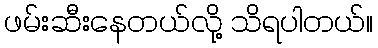
ဖမ်းဆီးနေတယ်လို့ သိရပါတယ်။